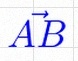
\vec{AB}